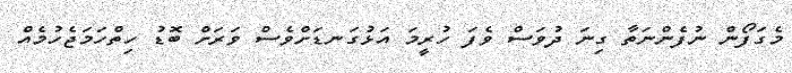
މެގަފޯން ނުފެންނަތާ ގިނަ ދުވަސް ވެފަ ހުރީމަ އަޅުގަނޑަށްވެސް ވަރަށް ބޮޑު ހިތްހަމަޖެހުމެއް